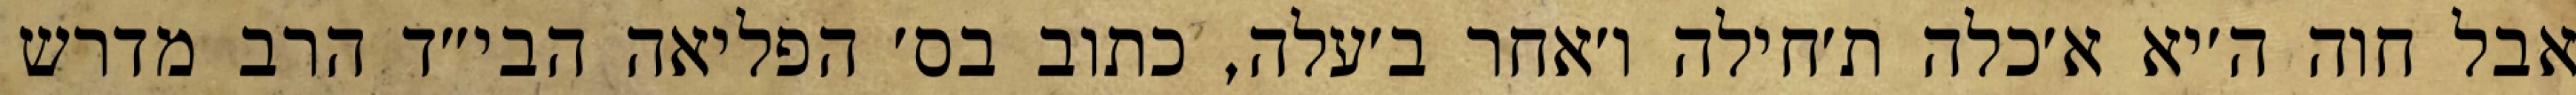
אבל חוה ה׳יא א׳כלה ת׳חילה ו׳אחר ב׳עלה, כתוב בס׳ הפליאה הבי״ד הרב מדרש